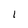
Character: 1